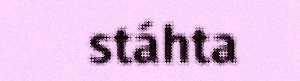
stáhta